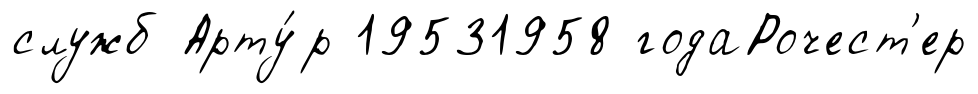
служб Арту́р 19531958 годаРочест'ер